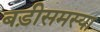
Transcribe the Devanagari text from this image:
बड़ीसमस्या